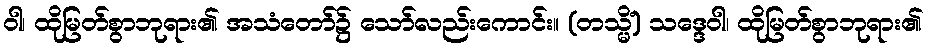
ဝါ၊ ထိုမြတ်စွာဘုရား၏ အသံတော်၌ သော်လည်းကောင်း။ (တသ္မိံ) သဒ္ဒေဝါ၊ ထိုမြတ်စွာဘုရား၏